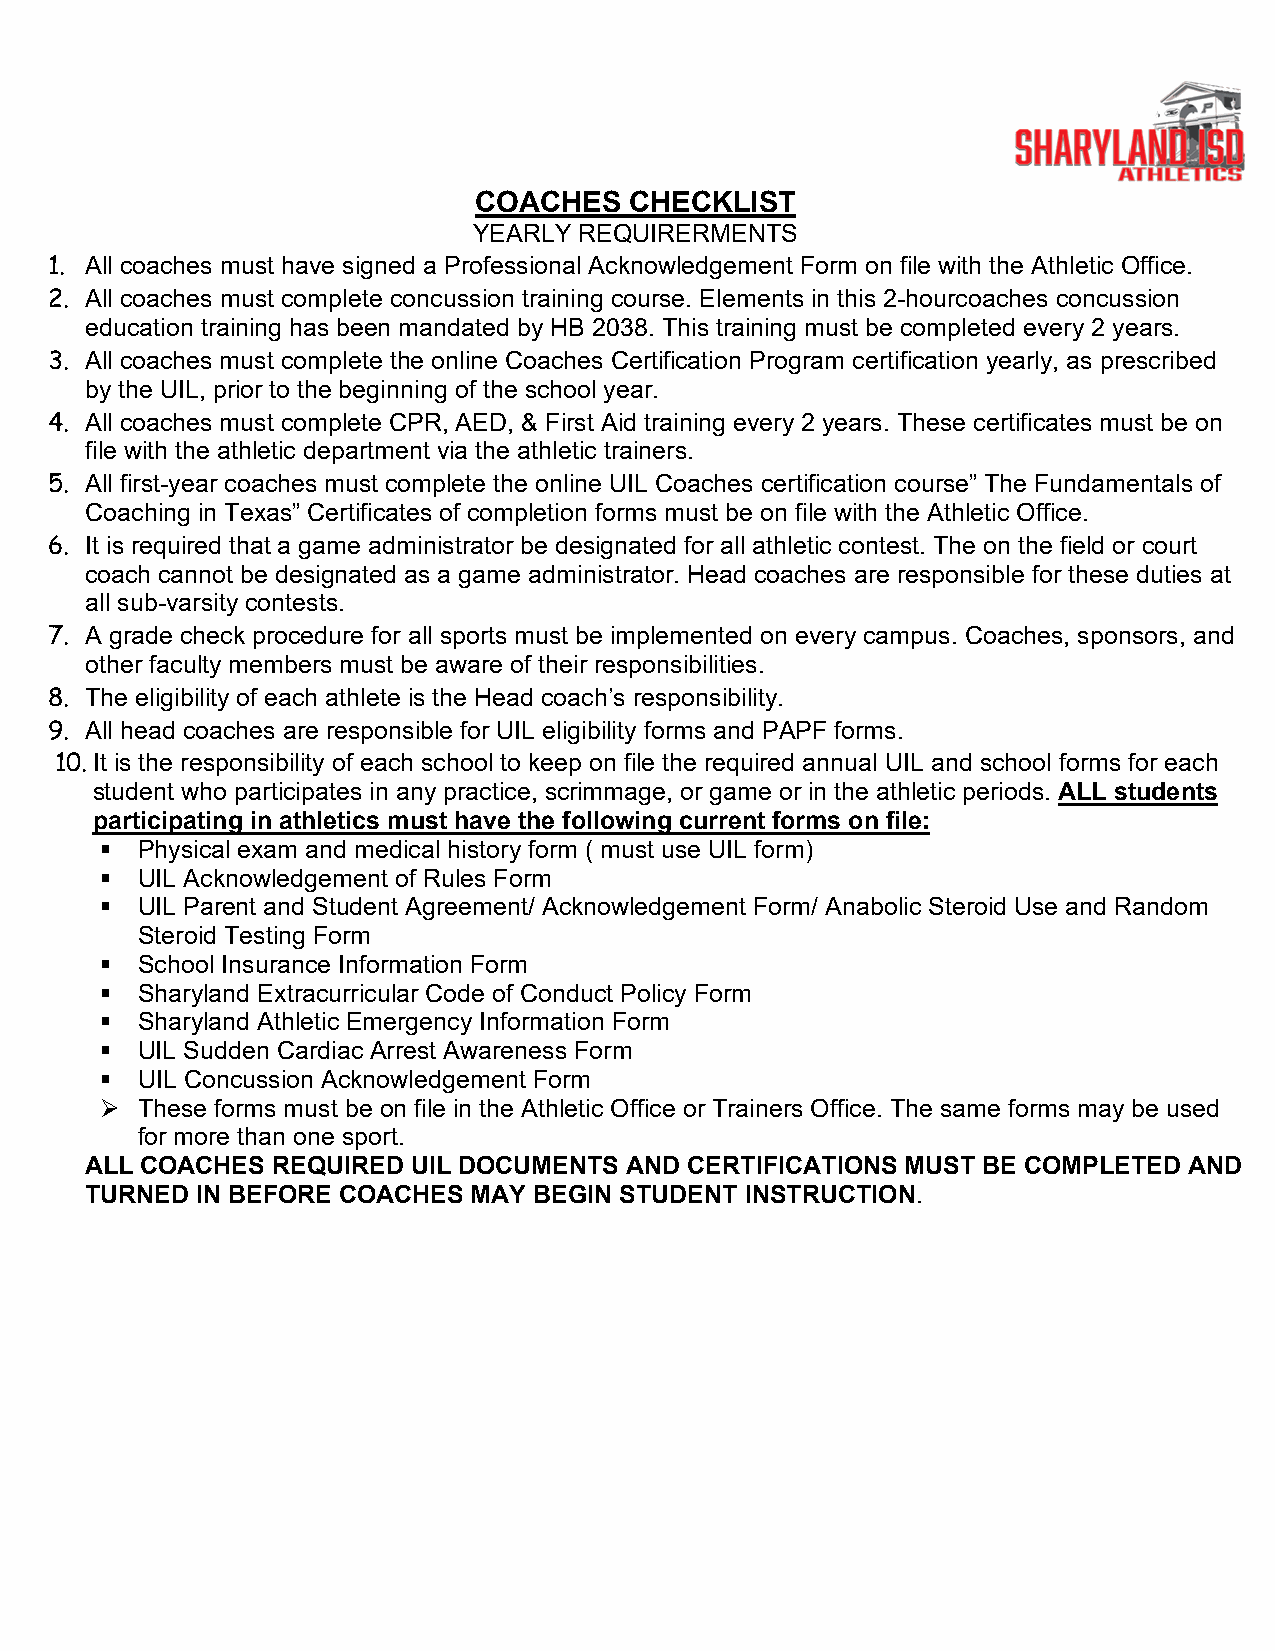
COACHES    CHECKLIST
 YEARLY REQUIRERMENTS
 1. All coaches must have signed a Professional Acknowledgement Form on file with the Athletic Office.
 2. All coaches must complete concussion training course. Elements in this 2-hourcoaches concussion
 education training has been mandated by HB 2038. This training must be completed every 2 years.
 3. All coaches must complete the online Coaches Certification Program certification yearly, as prescribed
 by the UIL, prior to the beginning of the school year.
 4. All coaches must complete CPR, AED, & First Aid training every 2 years. These certificates must be on
 file with the athletic department via the athletic trainers.
 5. All first-year coaches must complete the online UIL Coaches certification course” The Fundamentals of
 Coaching in Texas” Certificates of completion forms must be on file with the Athletic Office.
 6. It is required that a game administrator be designated for all athletic contest. The on the field or court
 coach cannot be designated as a game administrator. Head coaches are responsible for these duties at
 all sub-varsity contests.
 7. A grade check procedure for all sports must be implemented on every campus. Coaches, sponsors, and
 other faculty members must be aware of their responsibilities.
 8. The eligibility of each athlete is the Head coach’s responsibility.
 9. All head coaches are responsible for UIL eligibility forms and PAPF forms.
 10. It is the responsibility of each school to keep on file the required annual UIL and school forms for each
 student who participates in any practice, scrimmage, or game or in the athletic periods. ALL students
 participating in athletics must have the following current forms on file:
  Physical exam and medical history form ( must use UIL form)
  UIL Acknowledgement of Rules Form
  UIL Parent and Student Agreement/ Acknowledgement Form/ Anabolic Steroid Use and Random
 Steroid Testing Form
  School Insurance Information Form
  Sharyland Extracurricular Code of Conduct Policy Form
  Sharyland Athletic Emergency Information Form
  UIL Sudden Cardiac Arrest Awareness Form
  UIL Concussion Acknowledgement Form
  These forms must be on file in the Athletic Office or Trainers Office. The same forms may be used
 for more than one sport.
 ALL COACHES REQUIRED UIL DOCUMENTS  AND CERTIFICATIONS MUST BE COMPLETED AND
 TURNED IN BEFORE COACHES MAY BEGIN STUDENT INSTRUCTION.